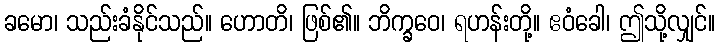
ခမော၊ သည်းခံနိုင်သည်။ ဟောတိ၊ ဖြစ်၏။ ဘိက္ခဝေ၊ ရဟန်းတို့။ ဧဝံခေါ၊ ဤသို့လျှင်။